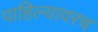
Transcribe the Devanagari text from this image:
पाहिल्यावरच